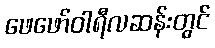
ဖေဖော်ဝါရီလဆန်းတွင်